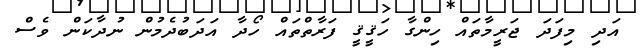
އަދި މިފަދަ ޖަރީމާތައް ހިންގާ ހަޤީޤީ ފަރާތްތައް ހޯދާ އަދަބުދެމުން ނުދާކަން ވެސް